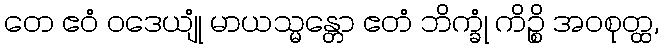
တေ ဧဝံ ဝဒေယျုံ မာယသ္မန္တော ဧတံ ဘိက္ခုံ ကိဉ္စိ အဝစုတ္ထ,